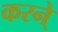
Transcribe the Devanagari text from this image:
करने्